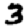
Digit: 3